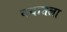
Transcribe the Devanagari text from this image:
वयातला